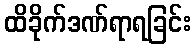
ထိခိုက်ဒဏ်ရာရခြင်း